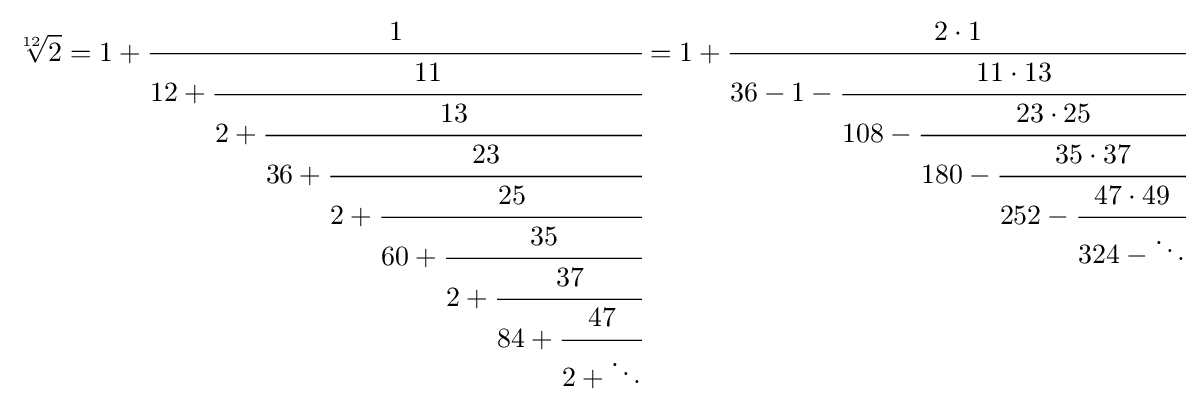
{\sqrt[{12}]{2}}=1+{\cfrac {1}{12+{\cfrac {11}{2+{\cfrac {13}{36+{\cfrac {23}{2+{\cfrac {25}{60+{\cfrac {35}{2+{\cfrac {37}{84+{\cfrac {47}{2+\ddots }}}}}}}}}}}}}}}}=1+{\cfrac {2\cdot 1}{36-1-{\cfrac {11\cdot 13}{108-{\cfrac {23\cdot 25}{180-{\cfrac {35\cdot 37}{252-{\cfrac {47\cdot 49}{324-\ddots }}}}}}}}}}